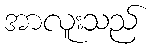
အာလူးသည်